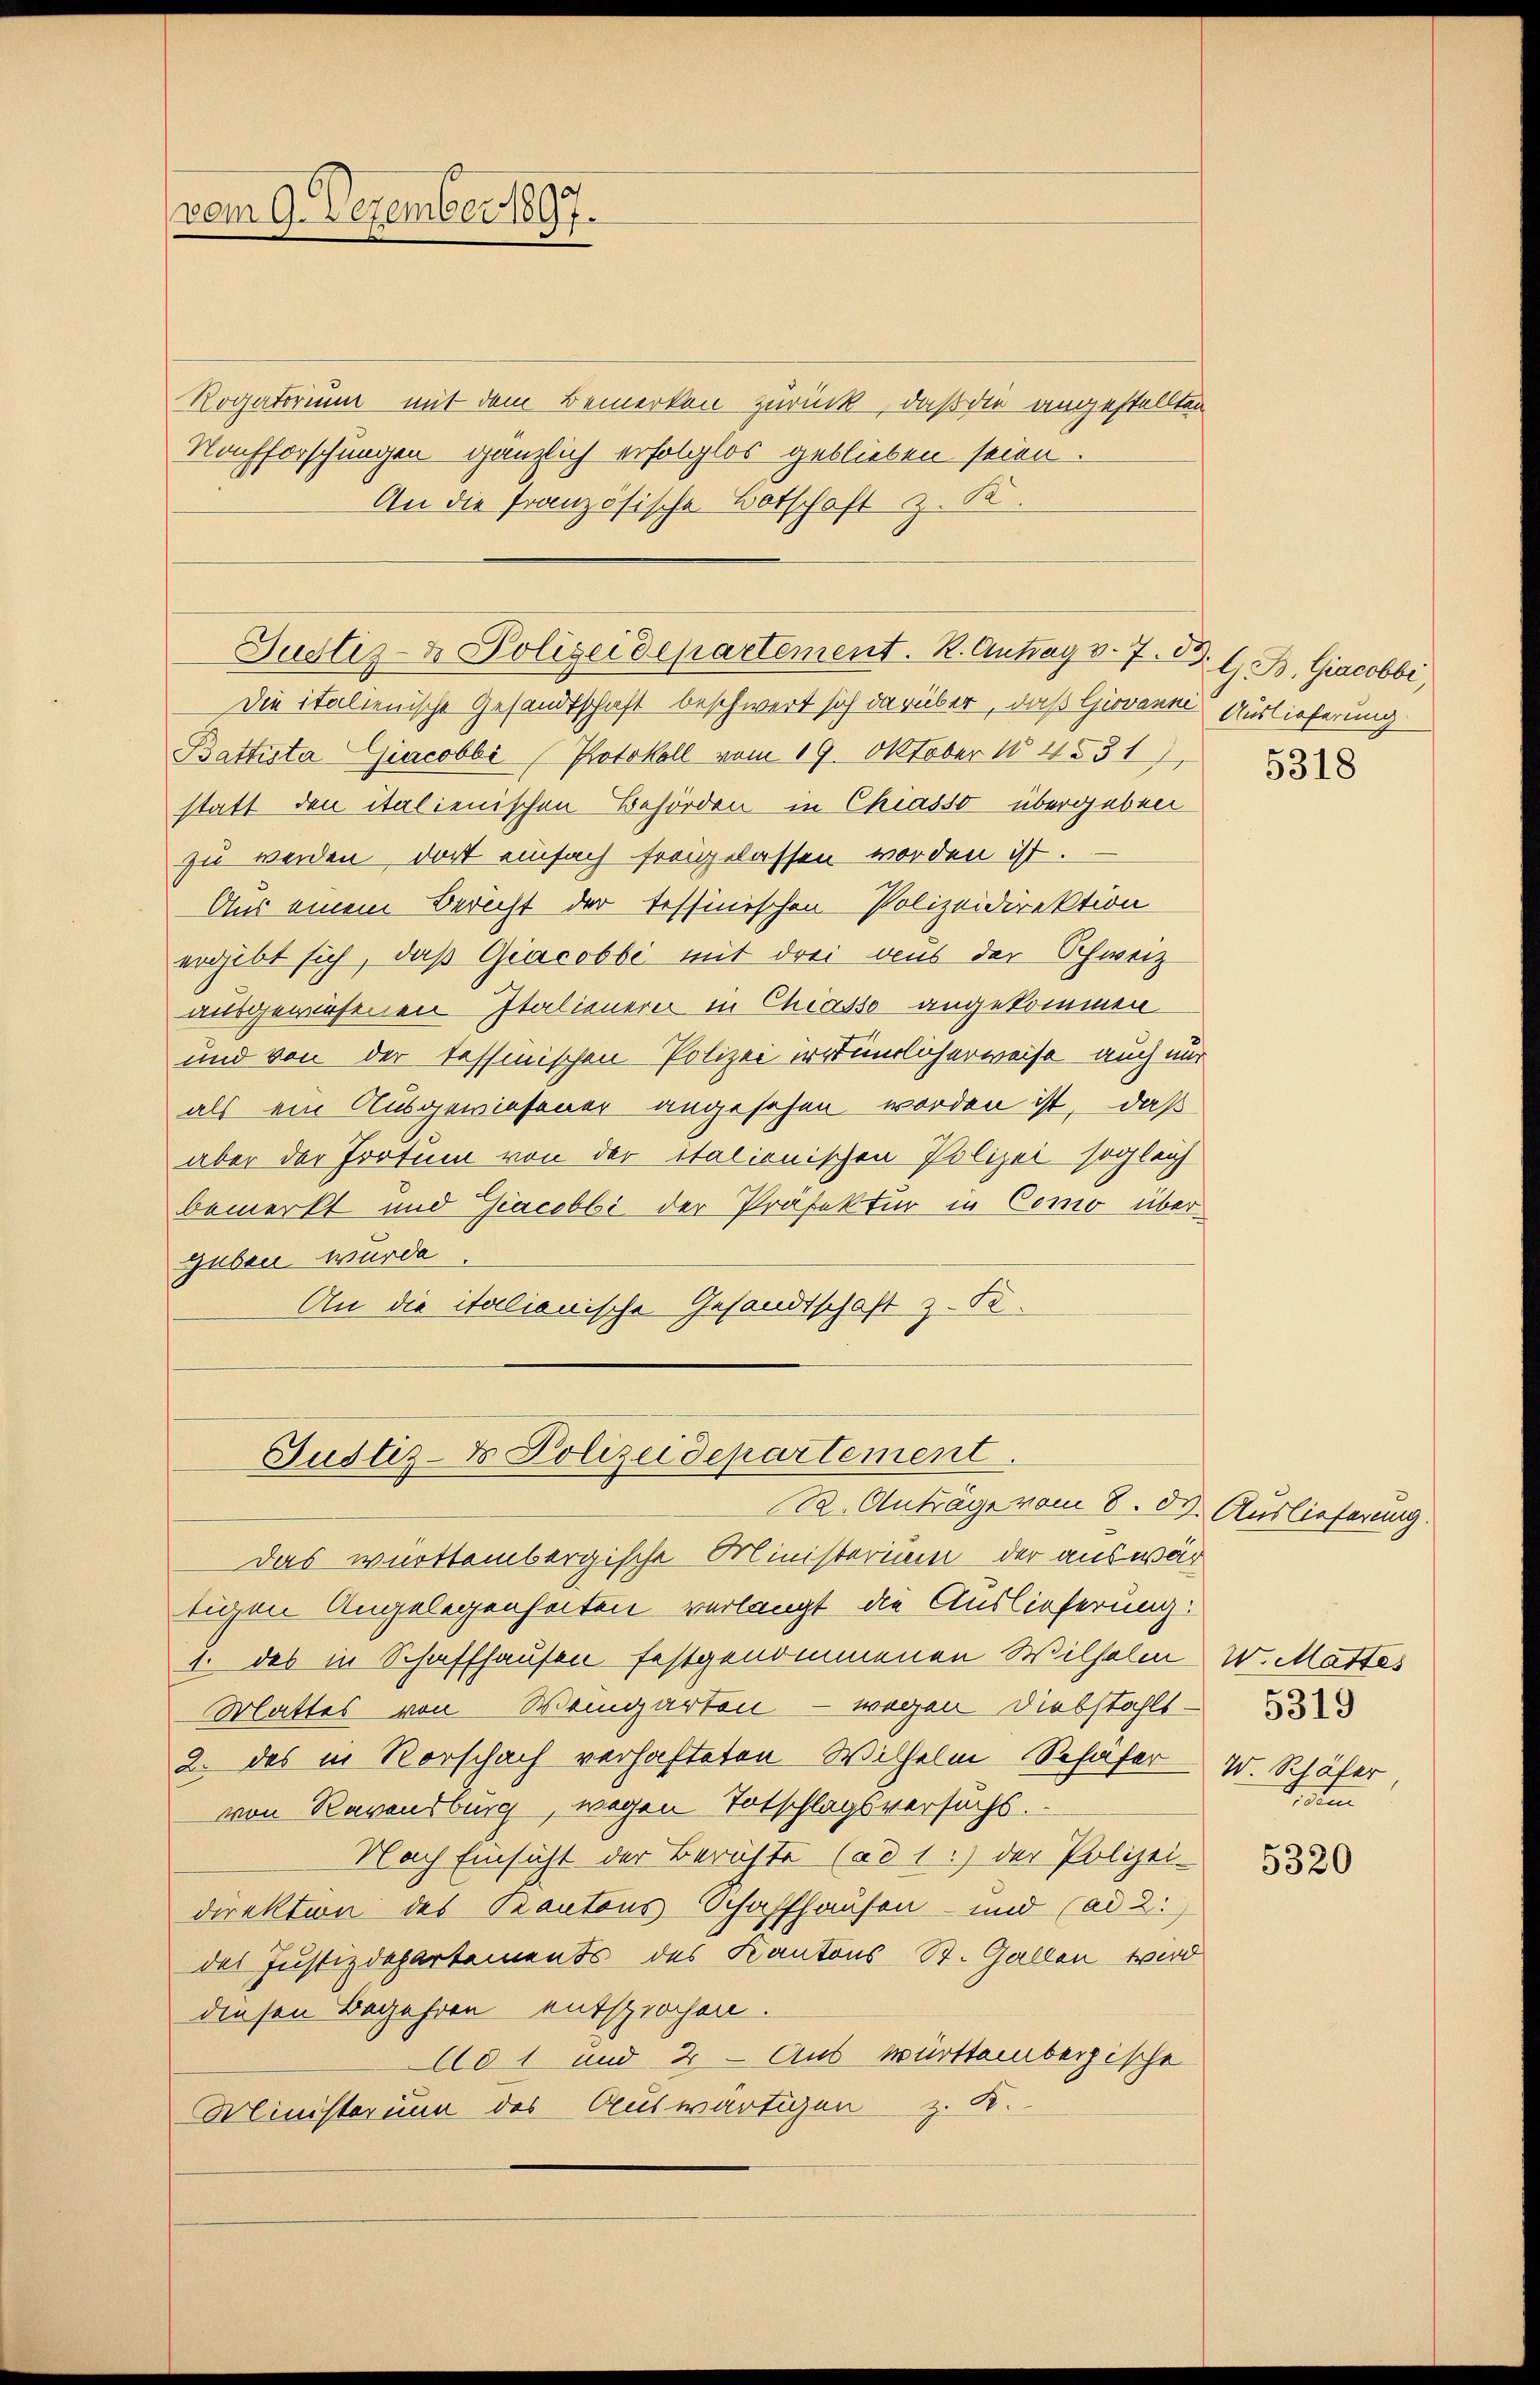
vom 9. Dezember 1897.

Rogatorium mit dem Bemerken zurück, daß die angestellten
Nachforschungen gänzlich erfolglos geblieben seien.
An die französische Botschaft z. K.

Justiz- & Polizeidepartement. R. Antrag v. 7. d. G. B. Giacobbi,

Die italienische Gesandtschaft beschwert sich darüber, daß Giovane Auslieferung
Battista Giacobbi (Protokoll vom 19. Oktober 184531),
statt den italienischen Behörden in Chiasso übergeben
zu werden, dort einfach freigelassen worden ist.
Aus einem Bericht der tessinischen Polizeidirektion
ergibt sich, daß Giacobbi mit drei aus der Schweiz
ausgewiesenen Italieneren in Chiasso angekommen
und von der tessinischen Polizei irrtümlicherweise auch nur
als ein Ausgewiesener angesehen worden ist, daß
aber der Irrtum von der italionischen Polizei sogleich
bemerkt und Jacobbi der Präfektur in Como über
guben wurde
An die italienische Gesandtschaft z. B.
Justiz- & Polizeidepartement.
R. Anträge vom 8. d. Auslieferung.
Das württembergische Ministerium der aus war
tigen Angelegenheiten verlangt die Auslieferung:
1. des in Schaffhausen festgenommenen Wilhelm W. Mattes
Mattes von Weingarten - wegen Diebstahlt
2. das in Vorschach verhafteten Wilhelm Schafer
von Ravensburg, wegen Totschlagsversuchs.
Nach Einsicht der Berichte (ad 1.) der Polizei-
direktion des Kantons Schaffhausen- und (ad 2.
des Justizdepartements des Kantons St. Gallen wird
diesen Begehren entsprochen.
Ad 1 und 2 - Aus württembergische
Ministerium des Auswärtigen z. K.

5318

W. Schäfer
ten

5320